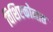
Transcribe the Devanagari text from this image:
विशिष्टकोनात